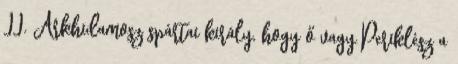
II. Arkhidamosz spártai király, hogy ő vagy Periklész a